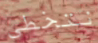
نتخطى